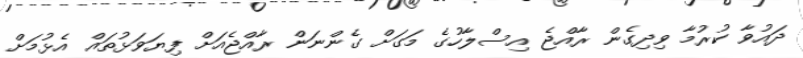
ދައުވާ ކުރުމާ ވިދިގެން ރާއްޖެ އިސްލާހުގެ މަގަށް ގެންނަން ރާއްޖެއަށް ފިޔަވަޅުތައް އެޅުމަށް